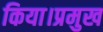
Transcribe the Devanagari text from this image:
किया।प्रमुख